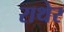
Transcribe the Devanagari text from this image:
राथेर